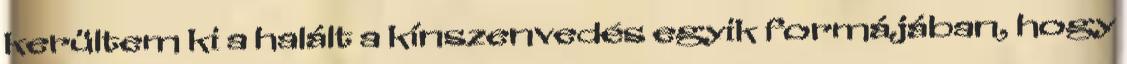
kerültem ki a halált a kínszenvedés egyik formájában, hogy